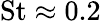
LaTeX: \mathrm{St}\approx 0.2